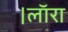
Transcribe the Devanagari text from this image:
।लाॅरा